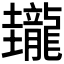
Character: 𪚝